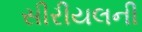
સીરીયલની